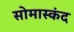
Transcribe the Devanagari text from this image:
सोमास्कंद